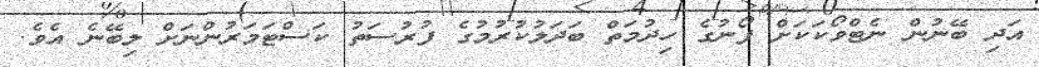
އަދި ބޭނުން ނެޓްވޯކަކަށް ފޯނުގެ ހިދުމަތް ބަދަލުކުރުމުގެ ފުރުސަތު ކަސްޓަމަރުންނަށް ލިބޭނެ އެވެ.